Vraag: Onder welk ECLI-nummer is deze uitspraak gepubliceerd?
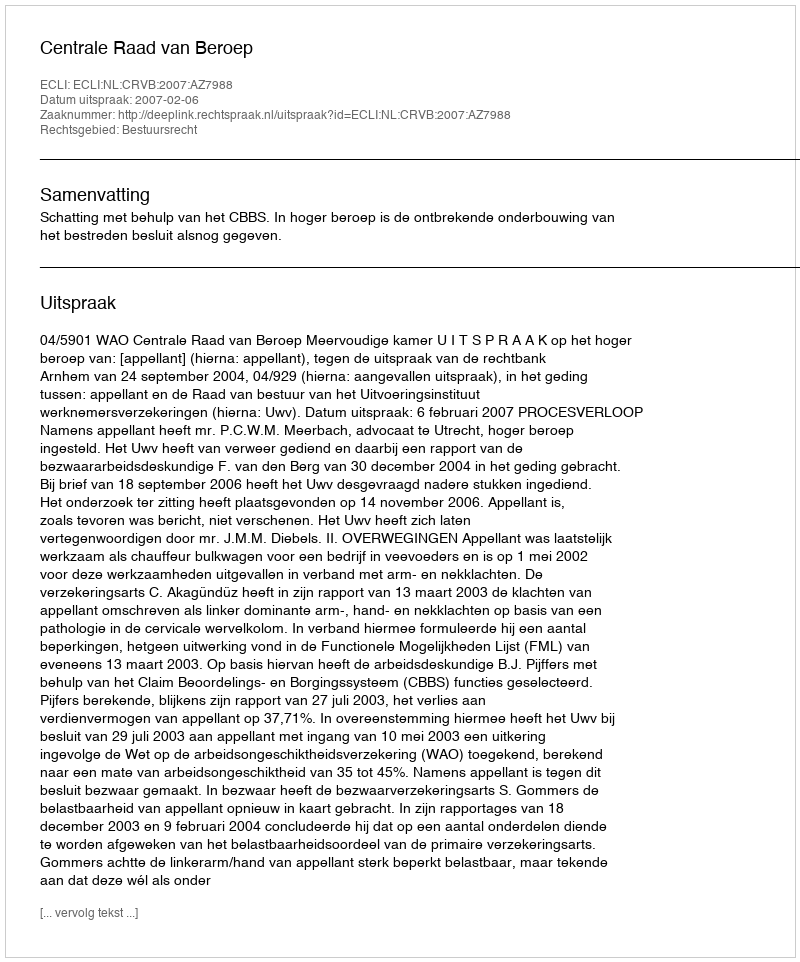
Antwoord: ECLI:NL:CRVB:2007:AZ7988